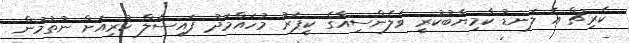
ކެރިޗް އެ ލަނޑު ކާމިޔާބުކުރީ ވެލެންސިއާގެ ކީޕަރު މުހައްމަދު ފައިސަލް ކުރިއަށް ނުތުމުން